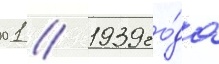
01 // 1939 го́да